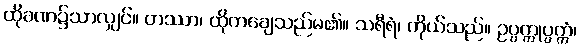
ထိုခဏ၌သာလျှင်။ တဿာ၊ ထိုကချေသည်မ၏။ သရီရံ၊ ကိုယ်သည်။ ဥပ္ပက္ကုပ္ပက္ကံ၊